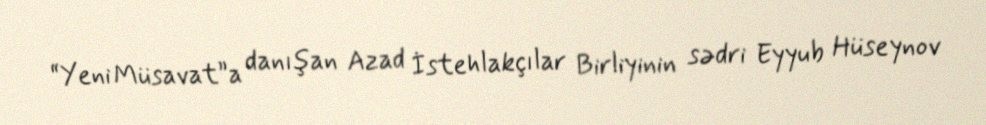
“Yeni Müsavat”a danışan Azad İstehlakçılar Birliyinin sədri Eyyub Hüseynov